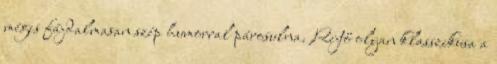
mégis fájdalmasan szép humorral párosulna. Rejtő olyan klasszikusa a